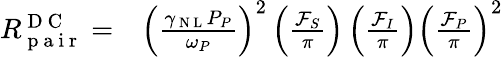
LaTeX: \begin{array}{rl}{R_{\mathrm{~p~a~i~r~}}^{\mathrm{~D~C~}}=}&{{}\left(\frac{\gamma_{\mathrm{~N~L~}}P_{P}}{\omega_{P}}\right)^{2}\left(\frac{\mathcal{F}_{S}}{\pi}\right)\left(\frac{\mathcal{F}_{I}}{\pi}\right)\left(\frac{\mathcal{F}_{P}}{\pi}\right)^{2}}\end{array}